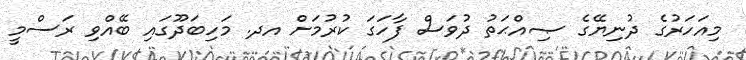
މިއަހަރުގެ ދުނިޔޭގެ ޞިއްޙަތު ދުވަސް ފާހަގަ ކުރުމަށް އދ. މަހިބަދޫގައި ބޭއްވި ރަސްމީ